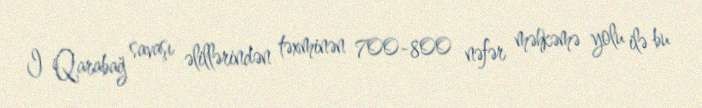
I Qarabağ savaşı əlillərindən təxminən 700-800 nəfər məhkəmə yolu ilə bu